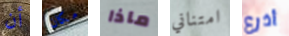
أن مكان ماذا امتناني أذرع